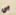
بي